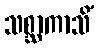
သစ္ဆာကာသိံ